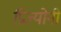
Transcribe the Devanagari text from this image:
प्रिज्योनी